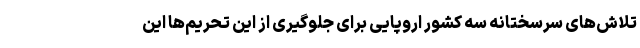
تلاش‌های سرسختانه سه کشور اروپایی برای جلوگیری از این تحریم‌ها این